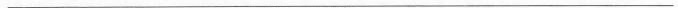
___